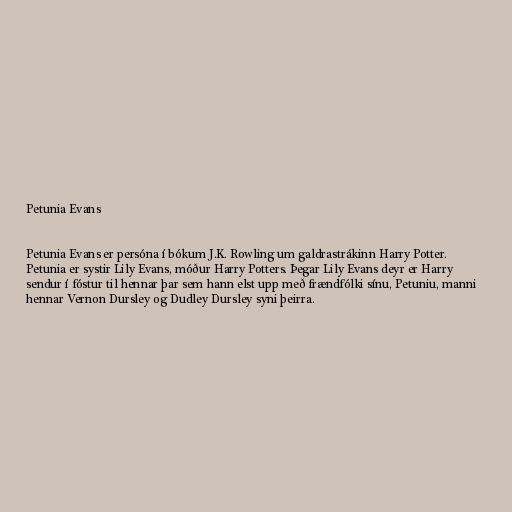
Petunia Evans

Petunia Evans er persóna í bókum J.K. Rowling um galdrastrákinn Harry Potter.
Petunia er systir Lily Evans, móður Harry Potters. Þegar Lily Evans deyr er Harry
sendur í fóstur til hennar þar sem hann elst upp með frændfólki sínu, Petuniu, manni
hennar Vernon Dursley og Dudley Dursley syni þeirra.